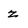
Character: z